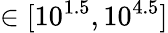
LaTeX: \in[10^{1.5},10^{4.5}]